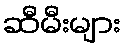
ဆီမီးများ